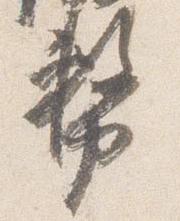
務